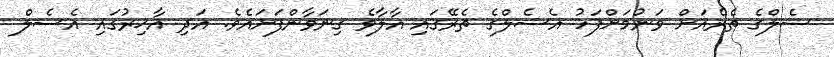
ސެލްގެ ތެރެއަށް ވަނުމަށްފަހު އެސެލްގެ ތެރޭގައި އާލާވެ ގިނަވާންފަށައެވެ. އަދި އާޚިރުގައި އެސެލް